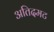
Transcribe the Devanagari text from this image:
अतिदमट